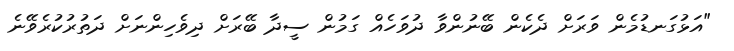
"އަޅުގަނޑުމެން ވަރަށް ދެކެން ބޭނުންވާ ދުވަހެއް ގަމުން ސީދާ ބޭރަށް ދިވެހިންނަށް ދަތުރުކުރެވޭނެ